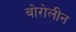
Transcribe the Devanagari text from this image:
बोरोलीन